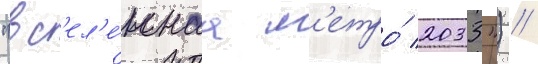
"вс'ел'е́ннаа м'етро́ 2033") //